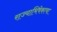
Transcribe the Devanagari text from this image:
राज्याभिषेकाचा